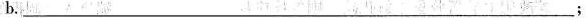
b.___;